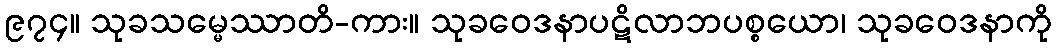
၉၇၄။ သုခသမ္မေဿာတိ-ကား။ သုခဝေဒနာပဋိလာဘပစ္စယော၊ သုခဝေဒနာကို